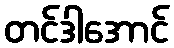
တင်ဒါအောင်